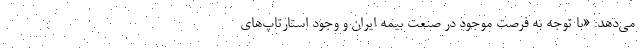
می‌دهد: «با توجه به فرصت موجود در صنعت بیمه ایران و وجود استارتاپ‌های